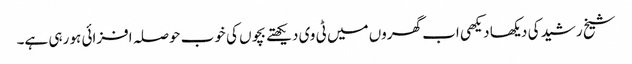
شیخ رشید کی دیکھا دیکھی اب گھروں میں ٹی وی دیکھتے بچوں کی خوب حوصلہ افزائی ہو رہی ہے۔